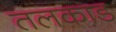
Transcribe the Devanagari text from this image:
तलकाड